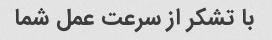
با تشکر از سرعت عمل شما